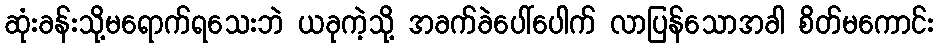
ဆုံးခန်းသို့မရောက်ရသေးဘဲ ယခုကဲ့သို့ အခက်ခဲပေါ်ပေါက် လာပြန်သောအခါ စိတ်မကောင်း